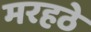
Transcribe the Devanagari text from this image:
मरहठे